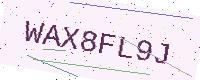
Text: WAX8FL9J